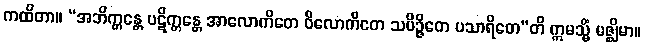
ကထိတာ။ “အဘိက္ကန္တေ ပဋိက္ကန္တေ အာလောကိတေ ဝိလောကိတေ သမိဉ္ဇိတေ ပသာရိတေ”တိ ဣမသ္မိံ မဇ္ဈိမာ။